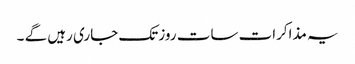
یہ مذاکرات سات روز تک جاری رہیں گے ۔